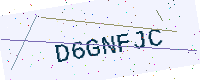
Text: D6GNFJC